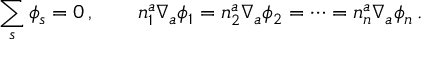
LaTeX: \sum _ { s } \phi _ { s } = 0 \, , \qquad n _ { 1 } ^ { a } \nabla _ { a } \phi _ { 1 } = n _ { 2 } ^ { a } \nabla _ { a } \phi _ { 2 } = \cdots = n _ { n } ^ { a } \nabla _ { a } \phi _ { n } \, .